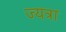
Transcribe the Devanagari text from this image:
ज्यत्रा